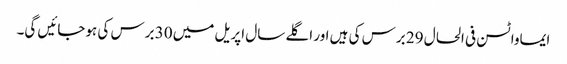
ایماواٹسن فی الحال 29 برس کی ہیں اور اگلے سال اپریل میں 30 برس کی ہوجائیں گی۔